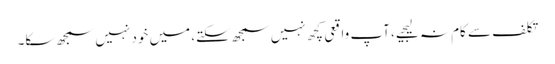
تکلف سے کام نہ لیجیے، آپ واقعی کچھ نہیں سمجھ سکتے، میں خود نہیں سمجھ سکا۔